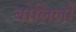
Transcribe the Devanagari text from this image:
बोलिलों